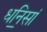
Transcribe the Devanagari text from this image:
धनि॒सां